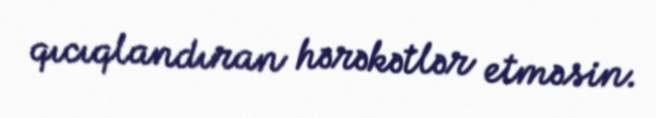
qıcıqlandıran hərəkətlər etməsin.